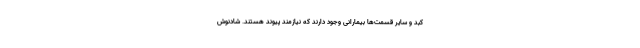
کبد و سایر قسمت‌ها بیمارانی وجود دارند که نیازمند پیوند هستند. شادنوش